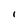
Character: I